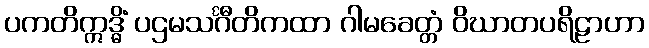
ပကတိဣဒ္ဓိံ ပဌမသင်္ဂီတိကထာ ဂါမခေတ္တံ ဝိဃာတပရိဠာဟာ